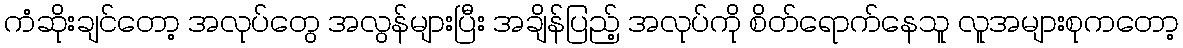
ကံဆိုးချင်တော့ အလုပ်တွေ အလွန်များပြီး အချိန်ပြည့် အလုပ်ကို စိတ်ရောက်နေသူ လူအများစုကတော့